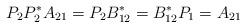
LaTeX: \begin{align*} P_2P_2^*A_{21} = P_2B_{12}^* = B_{12}^*P_1 = A_{21} \end{align*}